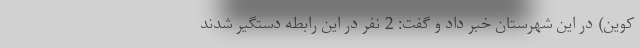
کوین) در این شهرستان خبر داد و گفت: 2 نفر در این رابطه دستگیر شدند